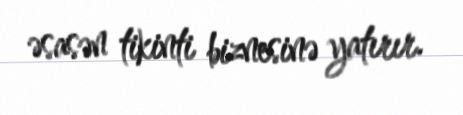
əsasən tikinti biznesinə yatırır.